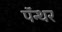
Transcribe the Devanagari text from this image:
पॅन्थर